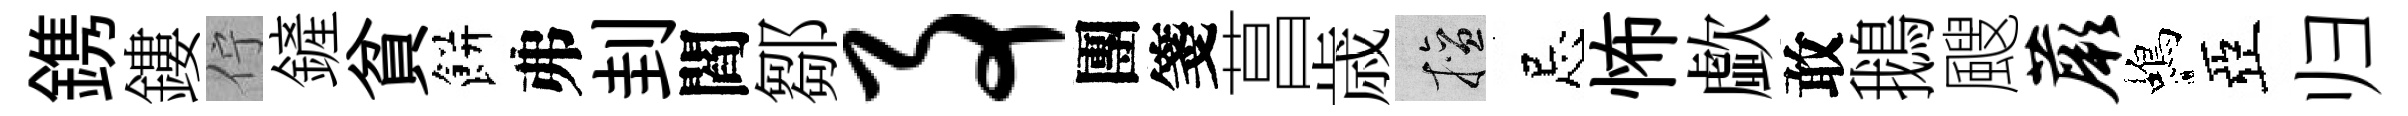
鎸鏤佇鏟貧餅弗刲閻鄒事團箋菖歳擅忌怖歔敢鵝颼蕨蝎亞归